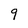
Character: 9